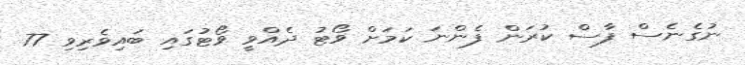
ނުގެނެސް ފާސް ކުރަން ފެންނަ ކަމަށް ވޯޓު ދެއްވީ ވޯޓުގައި ބައިވެރިވި 77